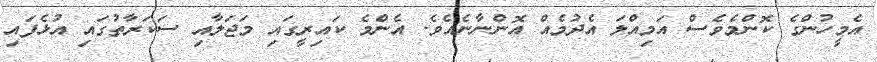
އެމީހުންގެ ކޮންމެވެސް އަމިއްލަ އެދުމެއް އޮންނާނެއެވެ. އެންމެ ކައިރީގައި މަޖަލާއި ސަކަރާތުގައި އުޅެފައި